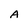
Character: A